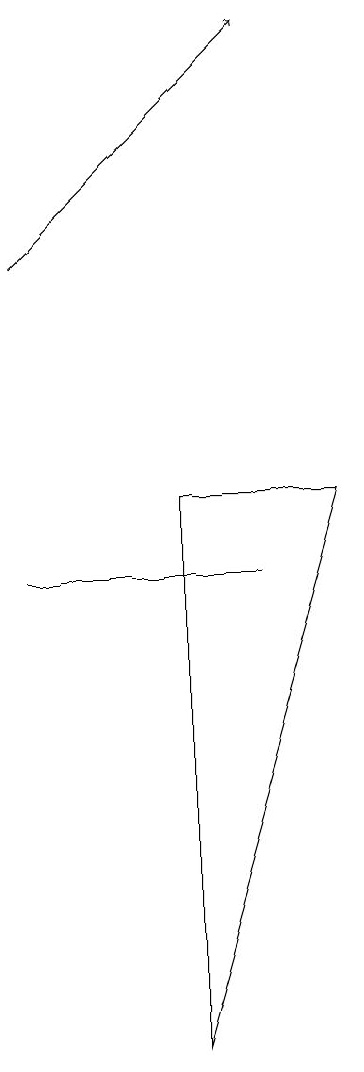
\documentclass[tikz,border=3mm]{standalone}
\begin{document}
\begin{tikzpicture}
\draw (2,8) -- (2,8) -- (5,8) -- cycle;
\draw[->] (2,12) -- (5,15);
\draw (6,9) -- (4,2) -- (4,9) -- cycle;
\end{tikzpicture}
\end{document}